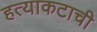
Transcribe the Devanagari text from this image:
हत्याकटाची